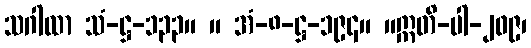
သဂါထာ သံ-ဋ္ဌ-၁၃၃။ ။ အံ-၈-ဋ္ဌ-၁၉၄။ ။ဣတိ-ပါ-၂၀၉၊